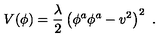
V ( \phi ) = { \frac { \lambda } { 2 } } \left( \phi ^ { a } \phi ^ { a } - v ^ { 2 } \right) ^ { 2 } \ .